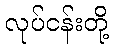
လုပ်ငန်းတို့